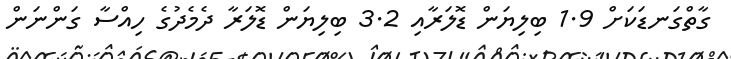
ގާތްގަނޑަކަށް 1.9 ބިލިޔަން ޑޮލަރާއި 3.2 ބިލިޔަން ޑޮލަރާ ދެމެދުގެ ހިއްސާ ގަންނަން